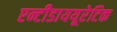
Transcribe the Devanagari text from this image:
एन्टीडाययूरेटिक